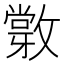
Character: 𢿽